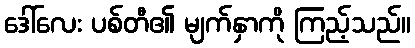
ဒေါ်လေး ပစ်တီ၏ မျက်နှာကို ကြည့်သည်။